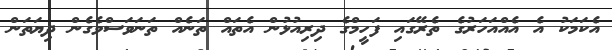
އެކަމަކު އެ އެއްއަހަރުގެ ތެރޭގައި ފަހީމްގެ ދިރިއުޅުން އެތައް ތަނެއް ތަނަވަސްވެގެން ދިޔަތަން